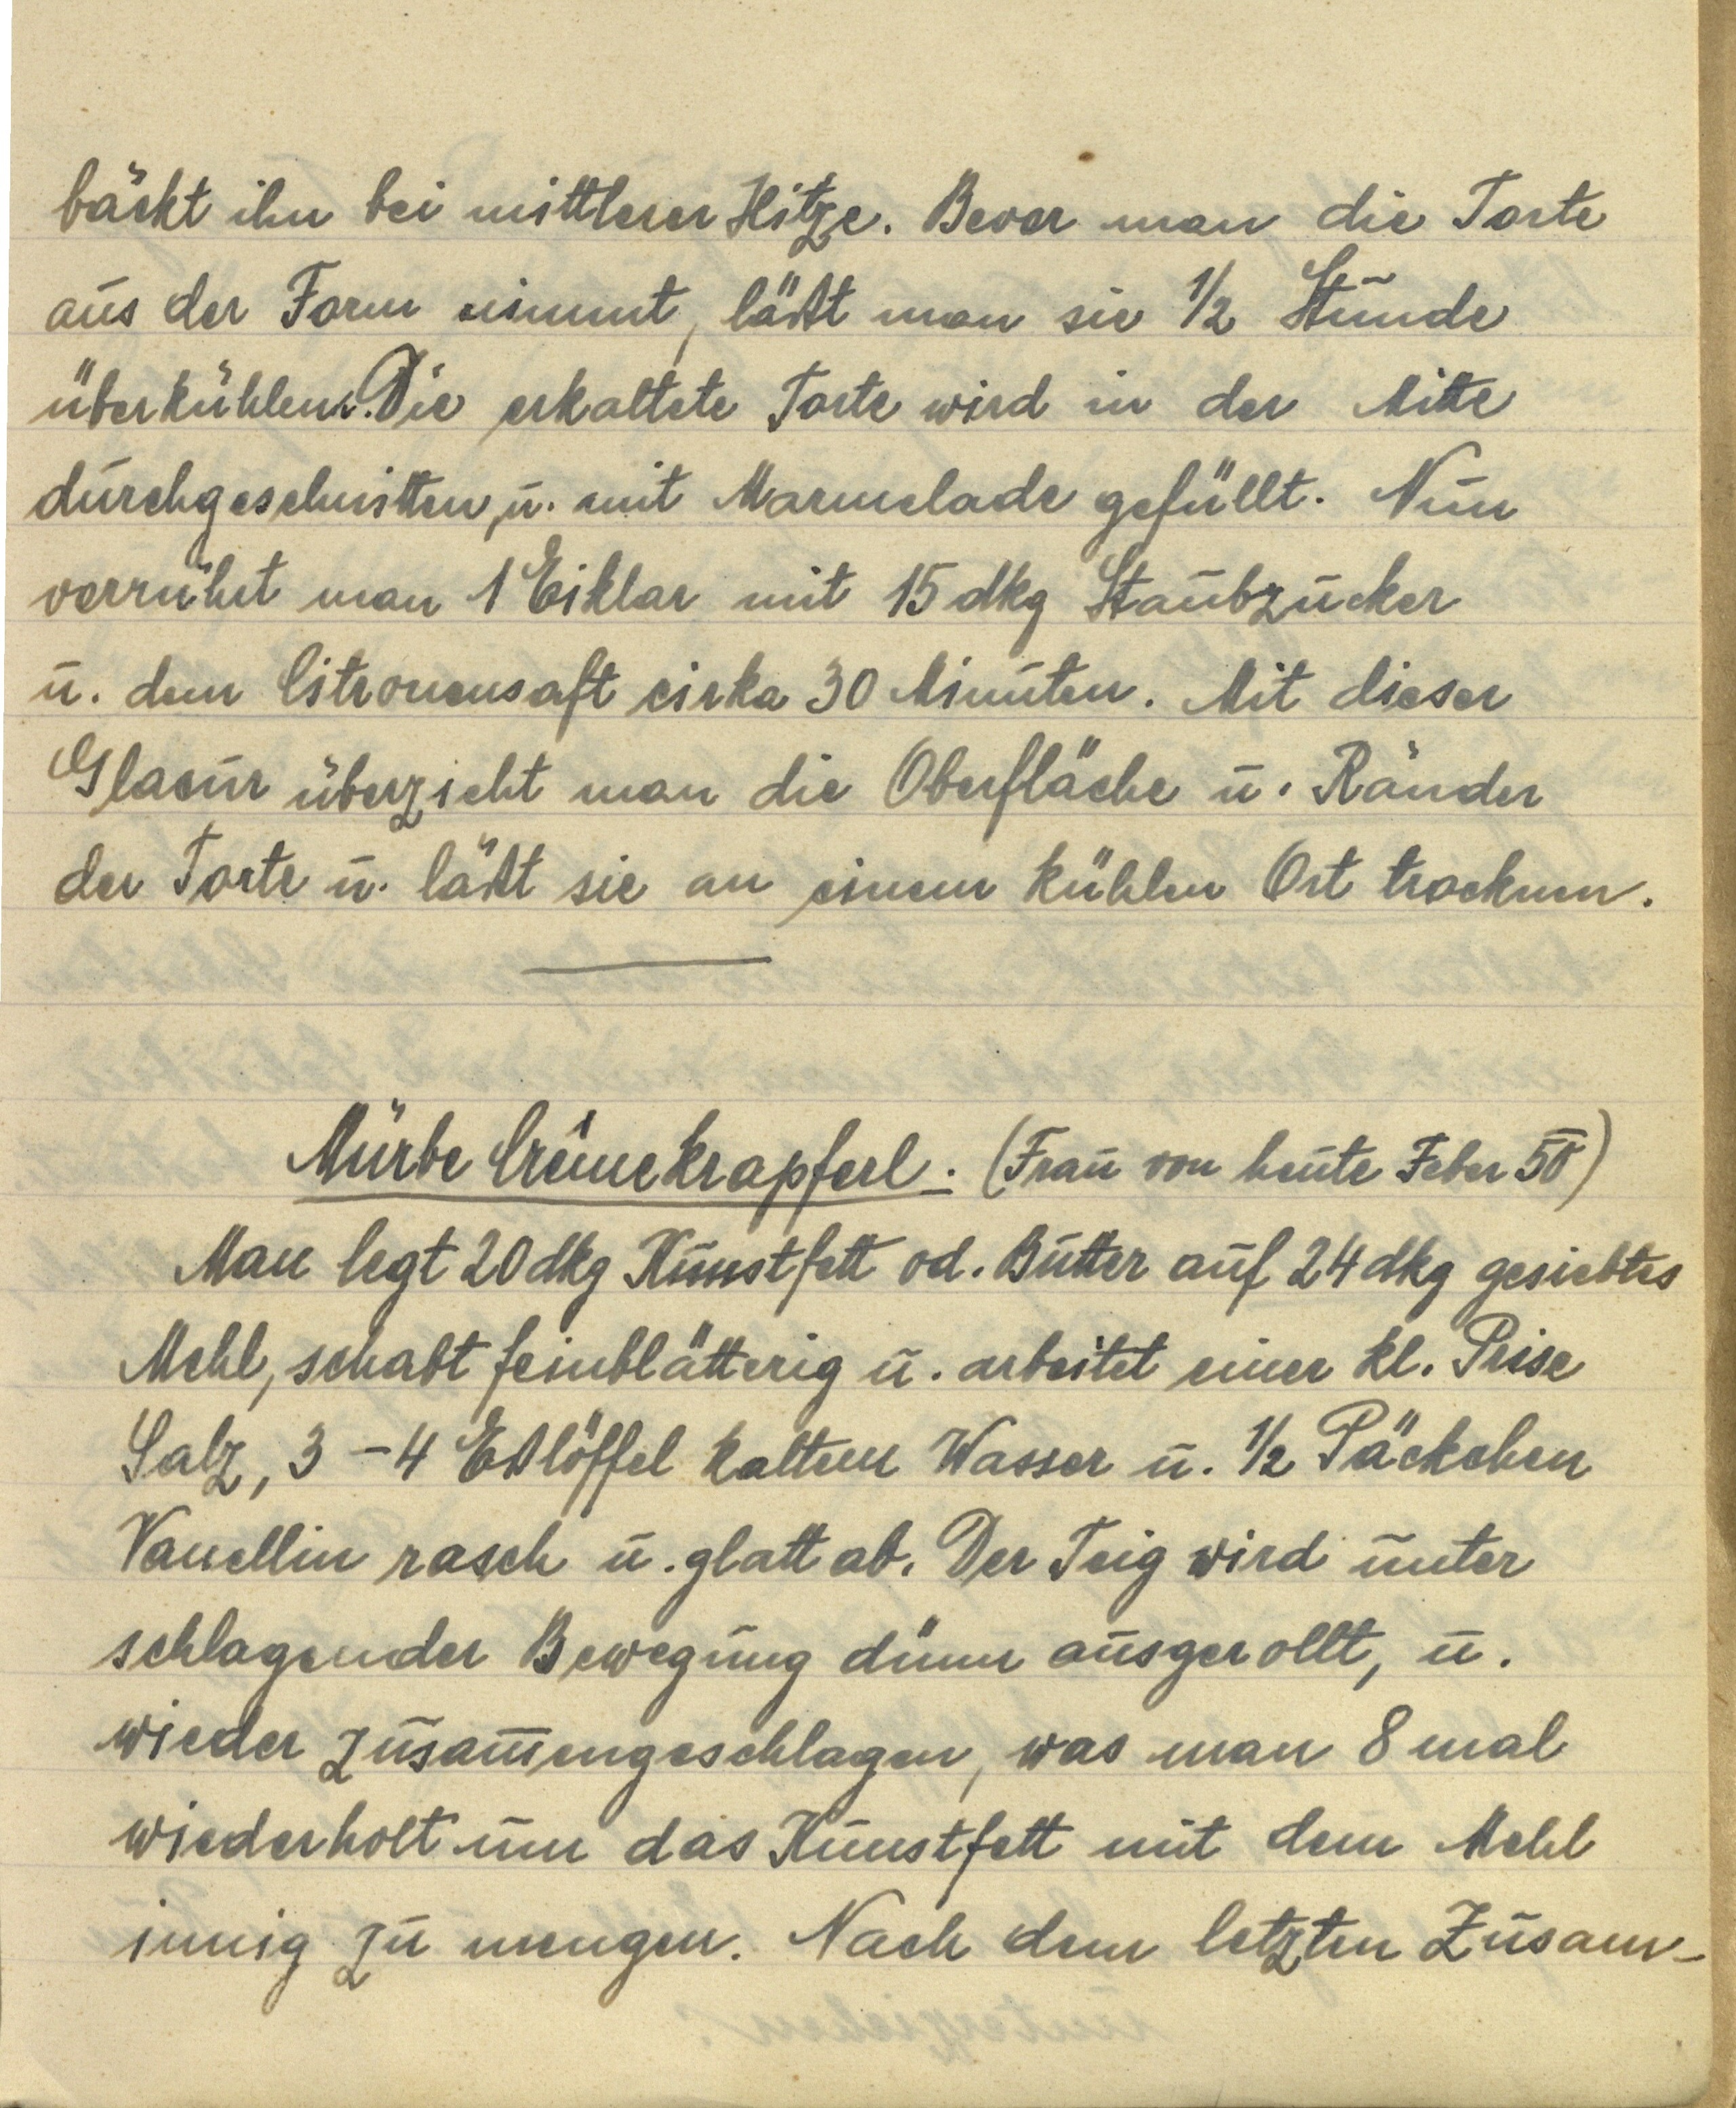
bäckt ihn bei mittlerer Hitze. Bevor man die Torte
aus der Form nimmt, läßt man sie ½ Stunde
überkühlen. Die erkaltete Torte wird in der Mitte
durchgeschnitten, u. mit Marmelade gefüllt. Nun
verrührt man 1 Eiklar mit 15 dkg Staubzucker
u. den Citronensaft cirka 30 Minuten. Mit dieser
Glasur überzeiht man die Oberfläche u. Ränder
der Torte u. läßt sie an einem kühlen Ort trocknen.

Mürbe Crêmekrapferl. (Frau von heute Feber 50)
Man legt 20 dkg Kunstfett od. Butter auf 24 dkg gesiebtes
Mehl, schabt feinblättrig u. arbeitet einer kl. Prise
Salz, 3-4 Eßlöffel kaltem Wasser u. ½ Päckchen
Vanellin rasch u. glatt ab. Der Teig wird unter
schlagender Bewegung dünn ausgerollt, u.
wieder zusammengeschlagen, was man 8 mal
wiederholt um das Kunstfett mit dem Mehl
innig zu mengen. Nach dem letzten Zusam¬